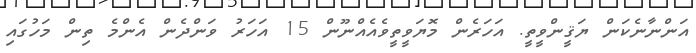
އަންނާނެކަން ޔަޤީންވީތީ. އަހަރެން މޮޔަވީތީވެއެއްނޫން 15 އަހަރު ވަންދެން އެންމެ ތިން މަހުގައި